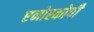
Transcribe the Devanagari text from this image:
एनोस्कोपी